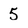
Character: 5